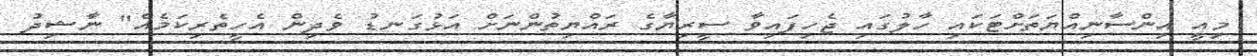
މިއީ އިންސާނިއްޔަތަށްޓަކައި ހާލުގައި ޖެހިފައިވާ ސީރިޔާގެ ރައްޔިތުންނަށް އަޅުގަނޑު ވެދިން އެހީތެރިކަމެއް" ނާޝިދު